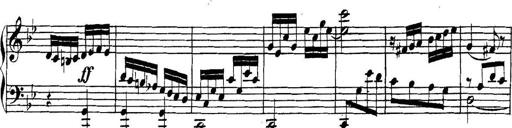
Title: Collected Piano Sonatas
Composer: Muzio Clementi